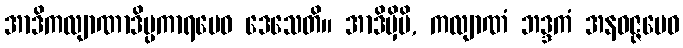
အာဒိကလျာဏာဒိပ္ပကာရမေဝ ဒေသေတိ။ အာဒိမှိပိ, ကလျာဏံ ဘဒ္ဒကံ အနဝဇ္ဇမေဝ